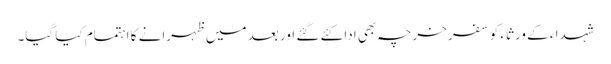
شہدا ء کے ورثاء کو سفر خرچہ بھی ادا کئے گئے اور بعد میں ظہرانے کا اہتمام کیا گیا۔